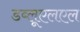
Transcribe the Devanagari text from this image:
डब्लूएलएल